Annual administration report of the Civil Veterinary Department, Sind - 1942-1943
Year: 1942
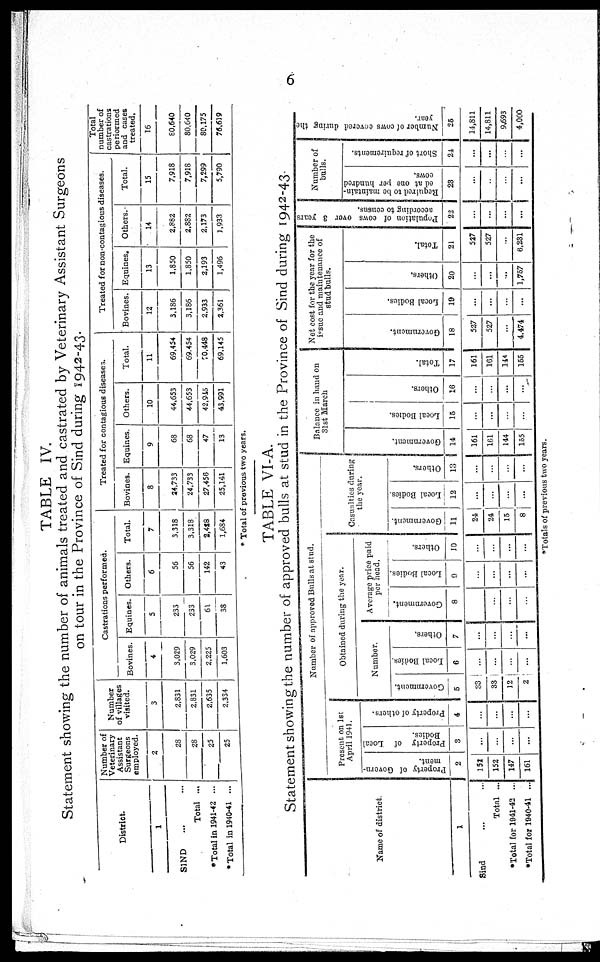
6
TABLE IV.
Statement showing the number of animals treated and castrated by Veterinary Assistant Surgeons
on tour in the Province of Sind during 1942-43.
District.
1
SIND ... ...
Total ...
*Total in 1941-42 ...
* Total in 1940-41 ...
Number of
Veterinary
Assistant
Surgeons
employed.
2
28
28
25
25
Number
of villages
visited.
3
2,831
2,831
2,635
2,334
Castrations performed.
Bovines.
4
3,029
3,029
2,225
1,603
Equines.
5
233
233
61
38
Others.
6
55
56
142
43
Total.
7
3,318
3,318
2,428
1,684
Treated for contagious diseases.
Bovines.
8
24,733
24,733
27,456
25,141
Equines.
9
68
68
47
13
Others.
10
44,653
44,653
42,945
43.991
Total.
11
69,454
69.454
10,448
69.145
Treated for non-contagious diseases.
Bovines.
12
3.186
3,186
2.933
2,361
Equines.
13
1,850
1,850
2,193
1,496
Others.
14
2.882
2,832
2,173
1,933
Total.
15
7,918
7.918
7,299
5,790
Total
number of
periormed
and cases
treated.
16
£0.640
80,640
80.175
78,619
* Total of previous two years.
TABLE VI-A.
Statement showing the number of approved bulls at stud in the Province of Sind during 1942-43.
Name of district
1
Sind ... ...
Total ...
*Total for 1941-42 ...
*Total for 1940-41 ...
Number of approved Bulls at stud.
Present on 1st
April 1941.
Property of Govern-
ment.
2
152
152
147
161
Property of Local
Bodies.
3
...
...
...
...
Property of others.
4
...
...
...
...
Obtained during the year.
Number.
Government.
5
33
33
12
2
Local Bodies.
6
...
...
...
...
Others.
7
...
...
...
...
Average price paid
per head.
Government.
8
...
...
...
...
Local Bodies.
9
...
...
...
...
Others.
10
...
...
...
...
Casualties during
the year.
Government.
11
24
24
15
8
Local Bodies.
12
...
...
...
...
Others.
13
...
...
...
...
Balance in hand on
31st March
Gove r
nme nt.
14
161
161
144
155
Local Bodi es .
15
...
...
...
...
Ot her s.
16
...
...
...
...
Tot al .
17
161
161
114
155
Net cost for the year for the
issue and maintenance of
stud bulls.
Gove r
nme nt.
18
527
527
...
4.474
Local Bodi es .
19
...
...
...
...
Ot her s.
20
...
...
...
1,757
Tot al .
21
527
527
...
6,231
Population of cows over 3 years
according to census.
22
...
...
...
...
Number of
bulls.
Required to he maintain-
ed at one per hundred
cows.
23
...
...
...
...
Short of requirements.
24
...
...
...
...
Number of cows covered during the
year.
25
14,811
14,811
9,693
4,000
*Totals of previous two years.